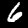
Digit: 6